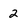
Character: 2